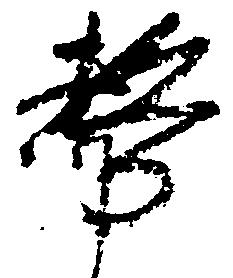
務